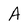
Character: A